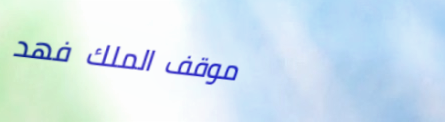
موقف الملك فهد